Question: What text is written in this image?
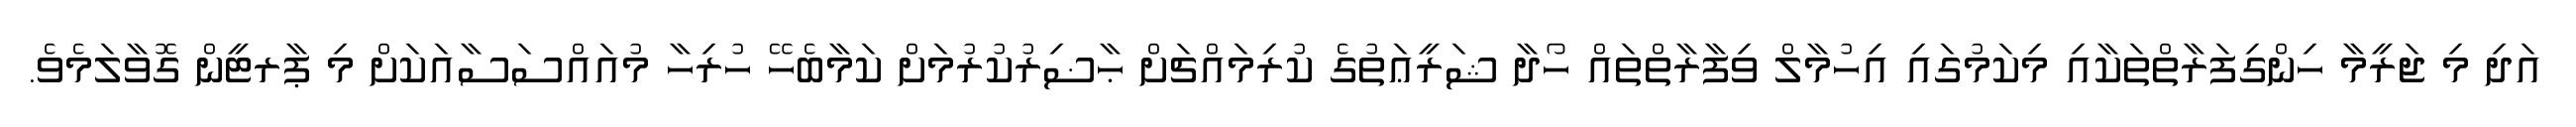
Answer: އަދި މި ޖަރީމާ ހިންގިފަރާތްތަކާއި މިކަމުގައި އިހުމާލް ވިފާރާތްތައް ހޯދާ ޝަރީޢަތުގެ ކުރިމައްޗަށް ޙާޟިރުކުރުމަށް ކަމާބެހޭ ހުރިހާ މުއައްސަސާއަކަށް މި ޕާރޓީން ގޮވާލަމެވެ.